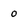
Character: 0